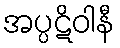
အပ္ပဋိဝါနီ